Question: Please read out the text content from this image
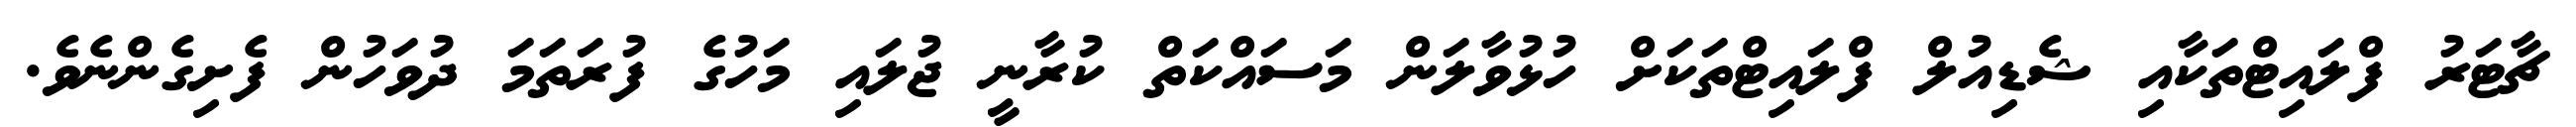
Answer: ޗާޓަރު ފްލައިޓްތަކާއި ޝެޑިއުލް ފްލައިޓްތަކަށް ހުޅުވާލަން މަސައްކަތް ކުރާނީ ޖުލައި މަހުގެ ފުރަތަމަ ދުވަހުން ފެށިގެންނެވެ.